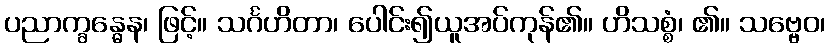
ပညာက္ခန္ဓေန၊ ဖြင့်။ သင်္ဂဟိတာ၊ ပေါင်း၍ယူအပ်ကုန်၏။ ဟိသစ္စံ၊ ၏။ သဗ္ဗေဝ၊